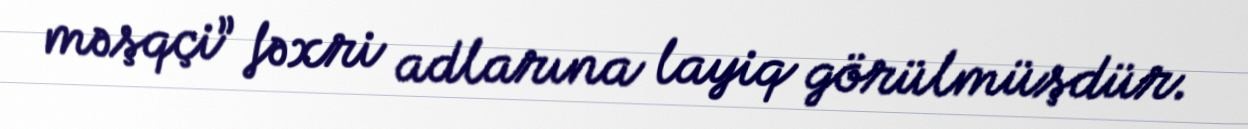
məşqçi” fəxri adlarına layiq görülmüşdür.